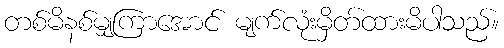
တစ်မိနစ်မျှကြာအောင် မျက်လုံးမှိတ်ထားမိပါသည်။